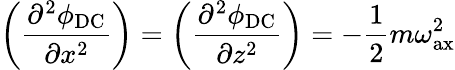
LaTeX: \left(\frac{\partial^{2}\phi_{\textrm{DC}}}{\partial x^{2}}\right)=\left(\frac{\partial^{2}\phi_{\textrm{DC}}}{\partial z^{2}}\right)=-\frac{1}{2}m\omega_{\textrm{ax}}^{2}